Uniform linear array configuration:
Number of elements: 12
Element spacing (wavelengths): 0.5
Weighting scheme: exponential
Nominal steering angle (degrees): -30
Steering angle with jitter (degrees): -28.98
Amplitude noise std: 0.05
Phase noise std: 0.05

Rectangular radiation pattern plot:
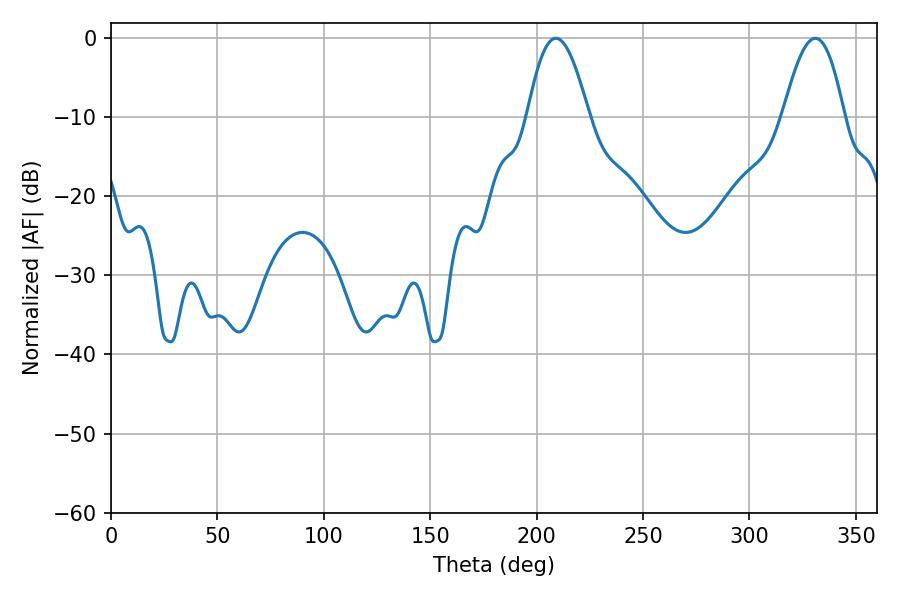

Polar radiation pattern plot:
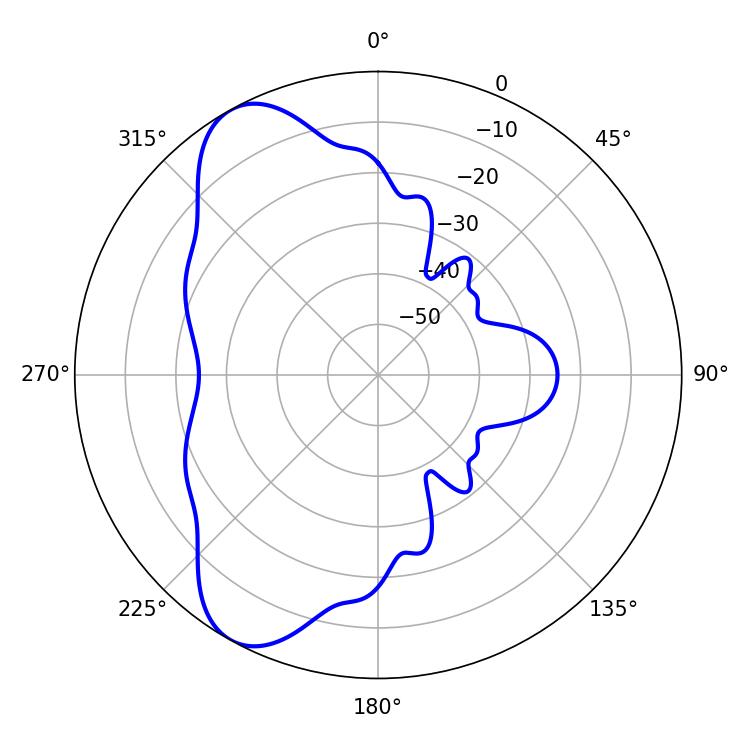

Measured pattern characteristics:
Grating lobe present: FALSE
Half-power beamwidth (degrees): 15.48
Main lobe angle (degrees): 208.98